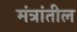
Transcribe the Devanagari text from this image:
मंत्रांतील